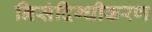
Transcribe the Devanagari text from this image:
निसंदिग्धीकरण